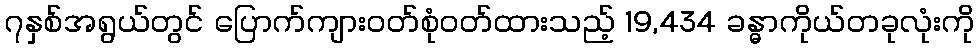
၇နှစ်အရွယ်တွင် ပြောက်ကျားဝတ်စုံဝတ်ထားသည့် 19,434 ခန္ဓာကိုယ်တခုလုံးကို